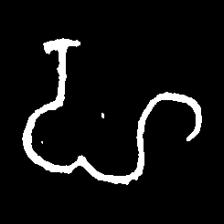
Pyu character \u2014 Myanmar letter: ဟ (romanized: ha)